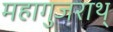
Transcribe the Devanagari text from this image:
महागुजराथ्